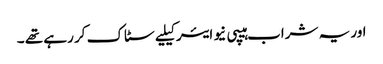
اور یہ شراب ہیپی نیو ایئر کیلیے سٹاک کر رہے تھے ۔